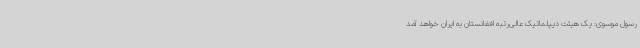
رسول موسوی: یک هیئت دیپلماتیک عالی‌رتبه افغانستان به ایران خواهد آمد